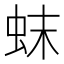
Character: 𬟼